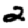
Digit: 2